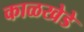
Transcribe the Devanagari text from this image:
काळखेडे